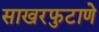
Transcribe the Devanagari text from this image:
साखरफुटाणे